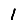
Digit: 1